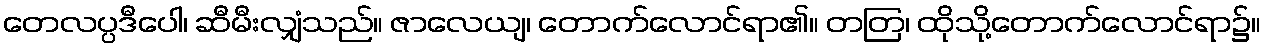
တေလပ္ပဒီပေါ၊ ဆီမီးလျှံသည်။ ဇာလေယျ၊ တောက်လောင်ရာ၏။ တတြ၊ ထိုသို့တောက်လောင်ရာ၌။